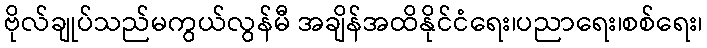
ဗိုလ်ချုပ်သည်မကွယ်လွန်မီ အချိန်အထိနိုင်ငံရေး၊ပညာရေး၊စစ်ရေး၊